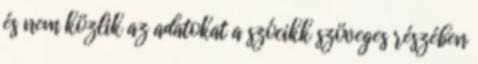
és nem közlik az adatokat a szócikk szöveges részében